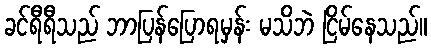
ခင်ရီရီသည် ဘာပြန်ပြောရမှန်း မသိဘဲ ငြိမ်နေသည်။